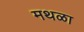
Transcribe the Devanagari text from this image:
मथळा